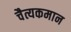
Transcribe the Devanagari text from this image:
चैत्यकमान